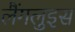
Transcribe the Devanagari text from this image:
लैंगलुइस